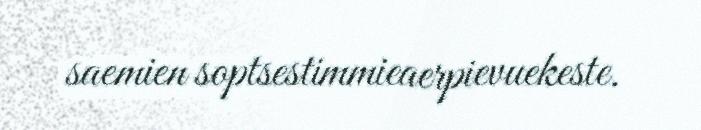
saemien soptsestimmieaerpievuekeste.